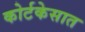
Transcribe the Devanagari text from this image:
कोर्टकेसात